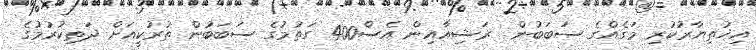
އިޚުތިޔާރުކުރި މަގެއްގެ ސަބަބުން  ރަޝިއާއިން އެސް400 ގަތުމުގެ ސަބަބުން ތުރުކީއަށް ދަތިކުރުމުގެ